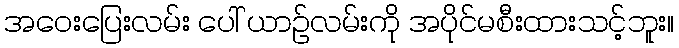
အဝေးပြေးလမ်း ပေါ် ယာဉ်လမ်းကို အပိုင်မစီးထားသင့်ဘူး။